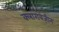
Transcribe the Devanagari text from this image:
क्लारोबेंज़ीन